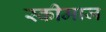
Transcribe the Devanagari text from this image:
स्कीमाज